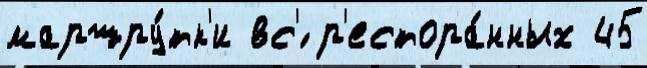
маршру́тк'и вс'́ р'естора́нных 45